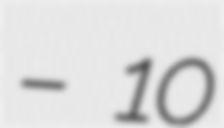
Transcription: – 10